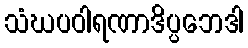
သံဃပဝါရဏာဒိပ္ပဘေဒါ